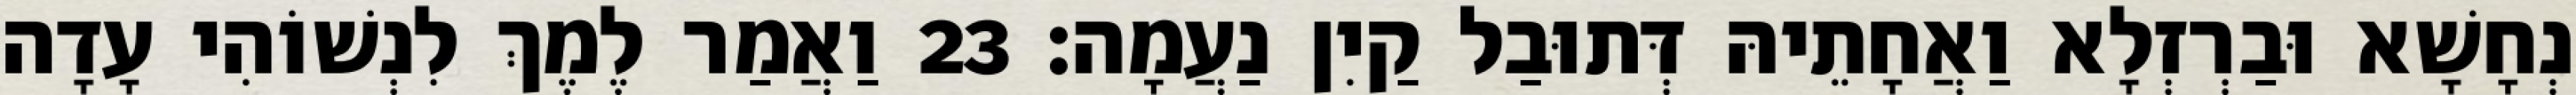
נְחָשָׁא וּבַרְזְלָא וַאֲחָתֵיהּ דְּתוּבַל קַיִן נַעֲמָה׃ 23 וַאֲמַר לֶמֶךְ לִנְשׁוֹהִי עָדָה